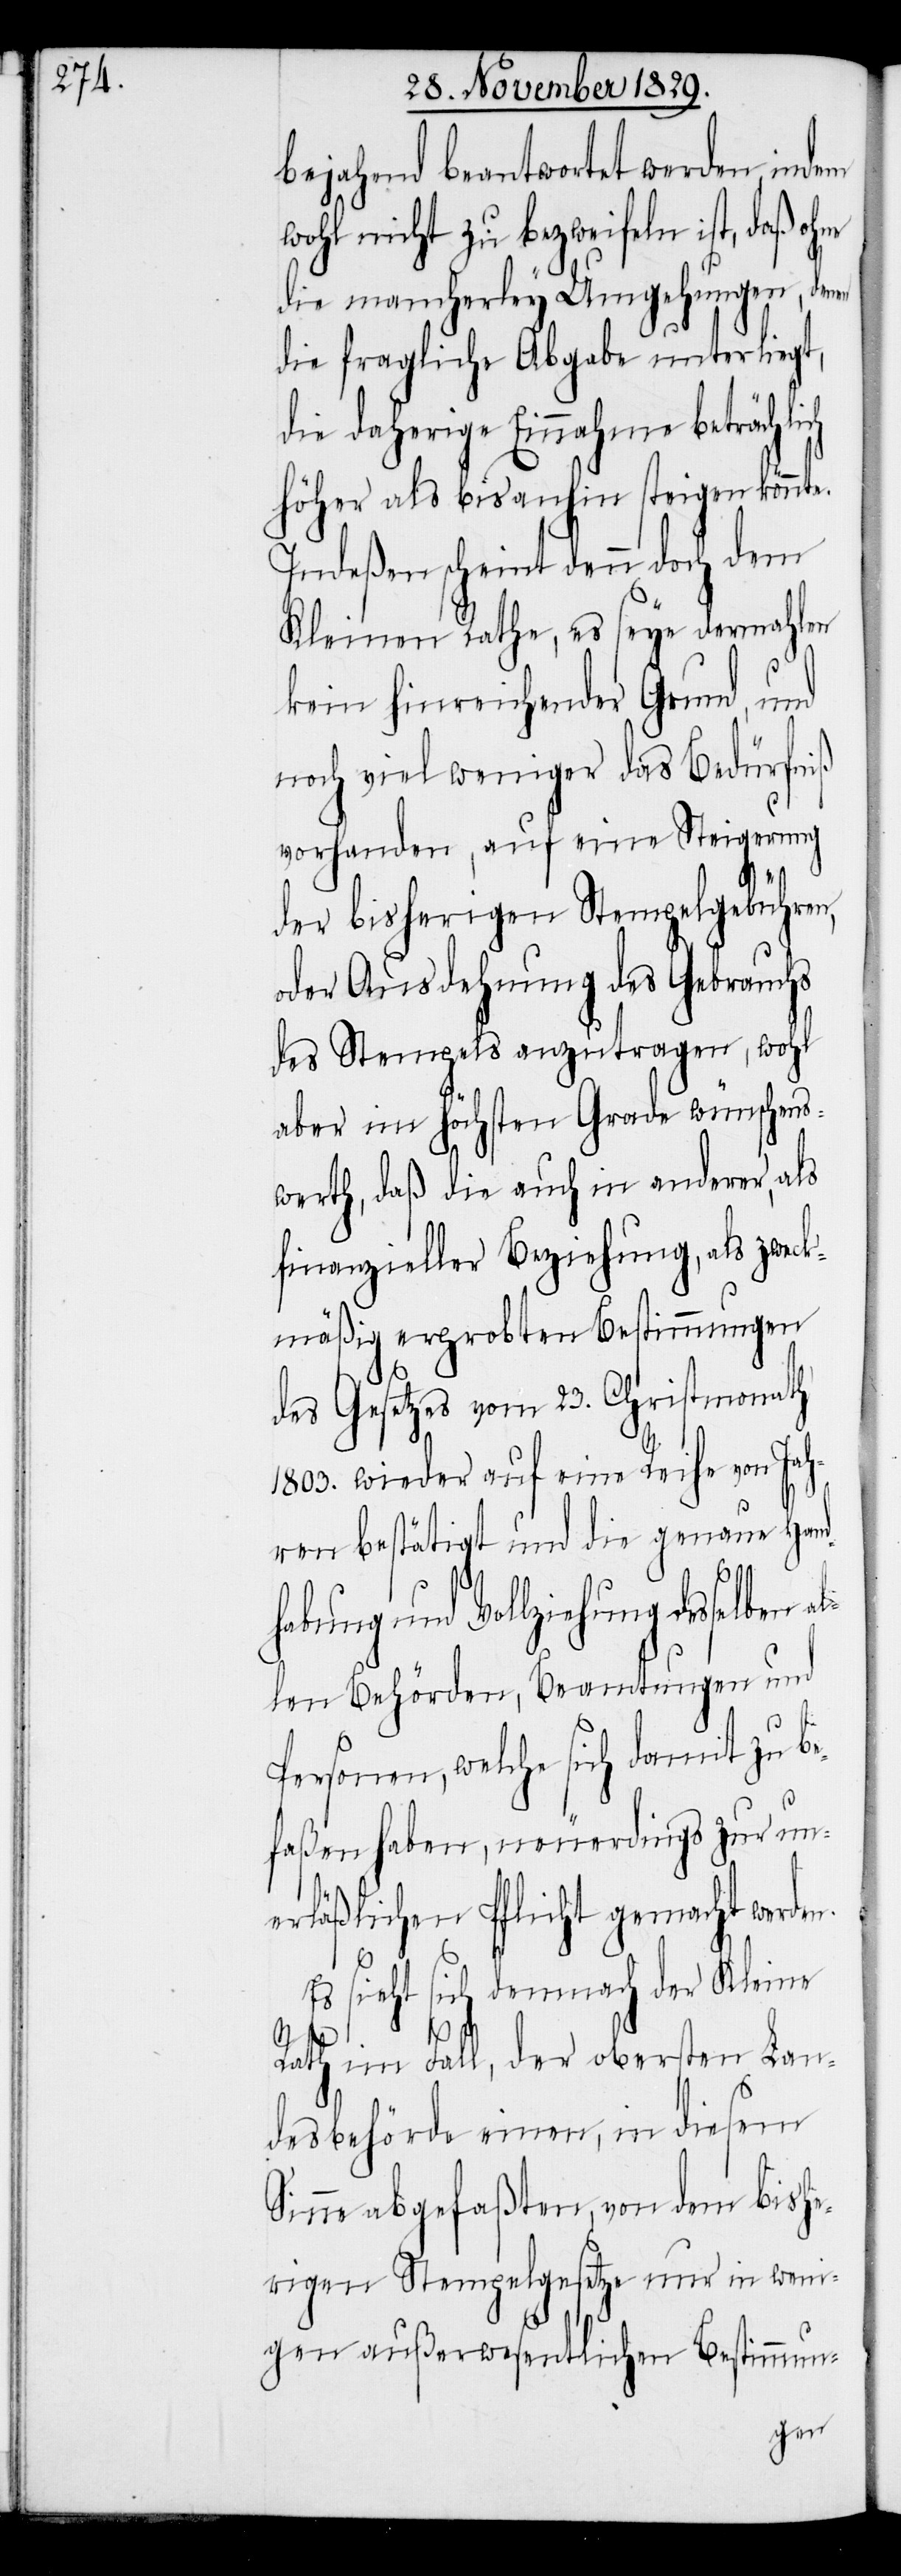
bejahend beantwortet werden, indem
wohl nicht zu bezweifeln ist, daß oh¬
die mancherley Umgehungen, denen
die fragliche Abgabe unterliegt,
die daherige Einnahme beträchtlich
höher als bisanhin steigen könnte.
Indeßen scheint denn doch dem
Kleinen Rathe, es seye dermahlen
kein hinreichender Grund, und
noch viel weniger das Bedürfniß
vorhanden, auf eine Steigerung
der bisherigen Stempelgebühren,
oder Ausdehnung des Gebrauchs
des Stempels anzutragen, wohl
aber im höchsten Grade wünschen¬
swerth, daß die auch in anderer, als
finanzieller Beziehung, als zweck¬
mäßig erprobten Bestimmungen
des Gesetzes vom 23. Christmonath
1803. wieder auf eine Reihe von Jah¬
ren bestätigt und die genaue Hand¬
l¬
ne
habung und Vollziehung desselben a¬
len Behörden, Beamtungen und
Personen, welche sich damit zu be¬
n.
faßen haben, neuerdings zur un¬
erläßlichen Pflicht gemacht werde¬
Es sieht sich demnach der Kleine
Rath im Fall, der obersten Lan¬
desbehörde einen, in diesem
Sinne abgefaßten, von dem bishe¬
rigen Stempelgesetze nur in weni¬
gen außerwesentlichen Bestimmun-